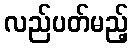
လည်ပတ်မည့်